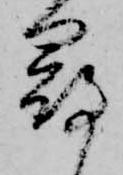
尋